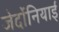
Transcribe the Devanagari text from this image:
जेर्दोनियाई